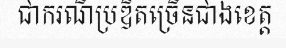
ជាករណីប្រឌិតច្រើនជាងខេត្ត